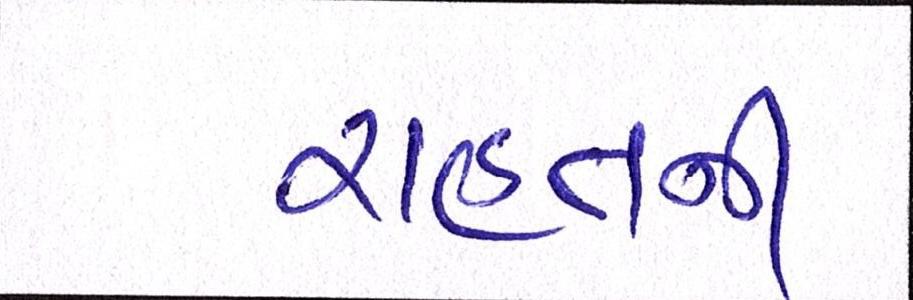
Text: રાહતની